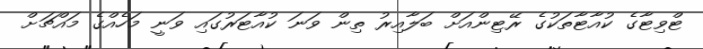
ޓްވިޓާގެ ކުއާޓާތަކުގެ ރޭޓިންއަށް ބަލާއިރު ތިން ވަނަ ކުއާޓަރުގައި ވަނީ މަހެއްގެ މައްޗަށް